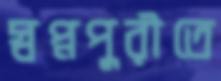
স্বপ্নপুরীতে